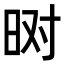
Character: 𬀮